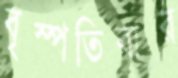
বৃস্পতিবার